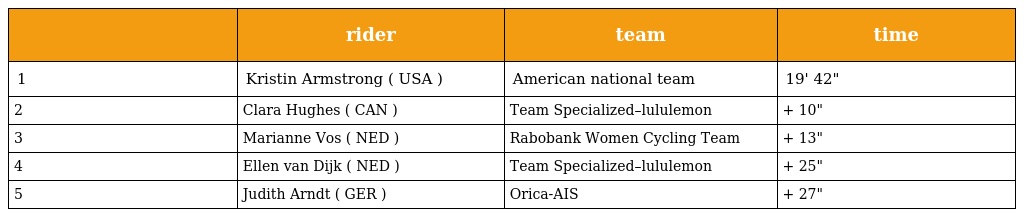
|  | rider | team | time |
 | --- | --- | --- | --- |
 | 1 | Kristin Armstrong ( USA ) | American national team | 19' 42" |
 | 2 | Clara Hughes ( CAN ) | Team Specialized–lululemon | + 10" |
 | 3 | Marianne Vos ( NED ) | Rabobank Women Cycling Team | + 13" |
 | 4 | Ellen van Dijk ( NED ) | Team Specialized–lululemon | + 25" |
 | 5 | Judith Arndt ( GER ) | Orica-AIS | + 27" |